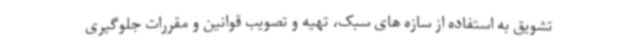
تشویق به استفاده از سازه های سبک، تهیه و تصویب قوانین و مقررات جلوگیری